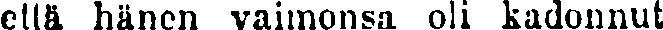
että hänen vaimonsa oli kadonnut